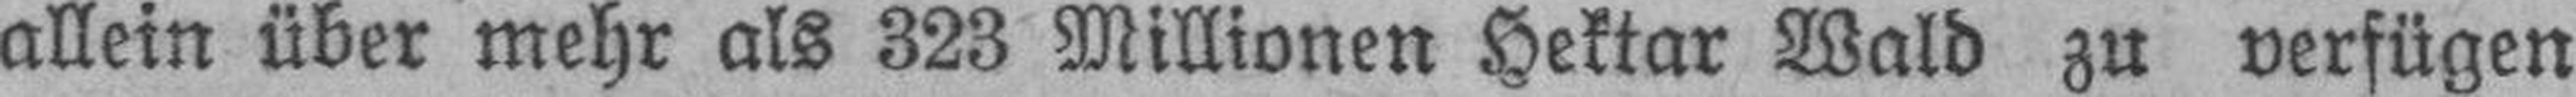
allein über mehr als 323 Millionen Hektar Wald zu verfügen